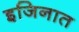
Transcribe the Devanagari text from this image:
इजिनात